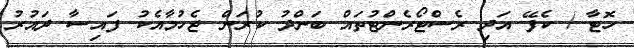
ހޮޓާ / ކެފޭ އަދި ރެސްޓޯރެންޓުތައް ބަންދު ކުރަން ޖެހުމާއެކު ފައިސާ ދައުރު